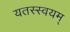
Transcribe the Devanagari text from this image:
यतस्स्वयम्